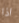
اذا